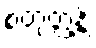
စတုတ္ထန္တိ